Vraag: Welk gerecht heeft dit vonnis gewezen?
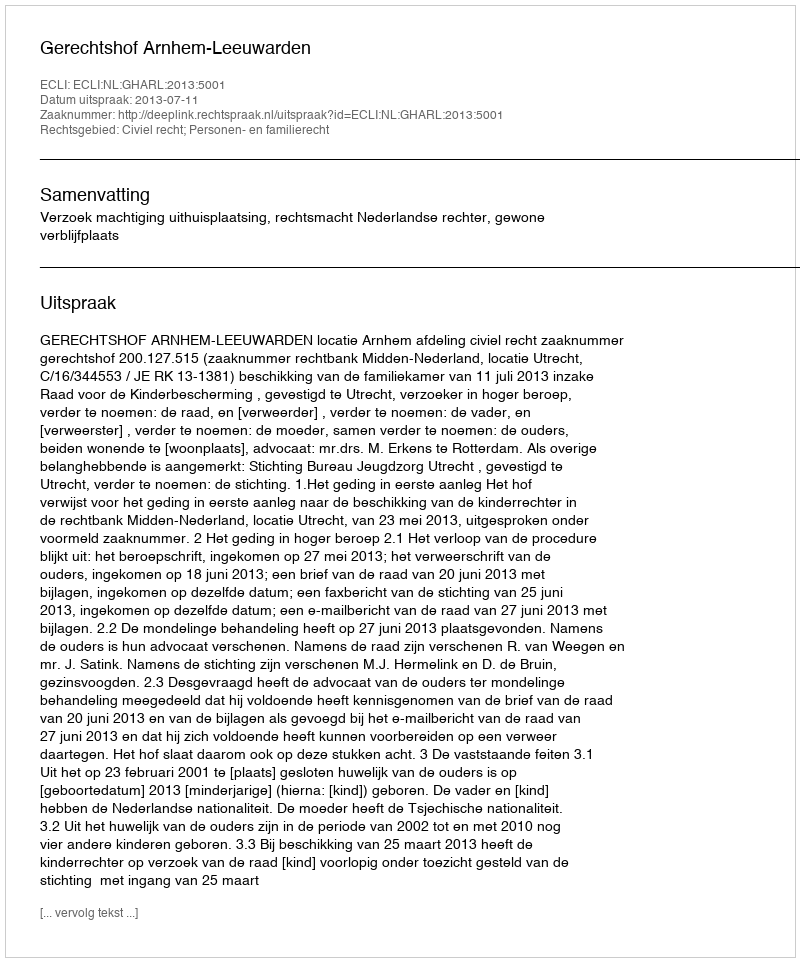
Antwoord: Gerechtshof Arnhem-Leeuwarden